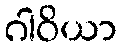
ဂါဝိယာ